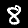
Digit: 8